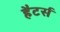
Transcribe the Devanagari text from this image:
हैटर्स